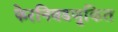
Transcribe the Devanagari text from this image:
फेरनिवडणुकित